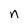
Character: n